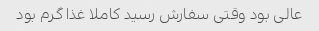
عالی بود وقتی سفارش رسید کاملا غذا گرم بود